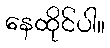
နေထိုင်ပါ။